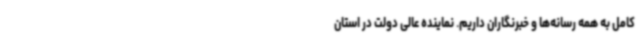
کامل به همه رسانه‌ها و خبرنگاران داریم. نماینده عالی دولت در استان